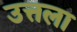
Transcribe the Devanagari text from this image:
उत्तला